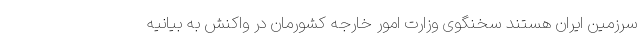
سرزمین ایران هستند سخنگوی وزارت امور خارجه کشورمان در واکنش به بیانیه